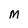
Character: M